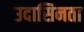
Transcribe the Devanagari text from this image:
उदासिनता